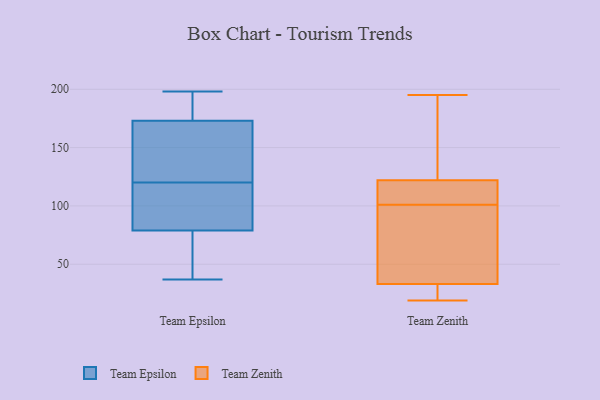
{"axis": {"x": "Tickets Resolved", "y": "Value"}, "legend": ["Team Epsilon", "Team Zenith"], "data": [{"x": "", "y": 127, "type": "Team Epsilon"}, {"x": "", "y": 158, "type": "Team Epsilon"}, {"x": "", "y": 113, "type": "Team Epsilon"}, {"x": "", "y": 198, "type": "Team Epsilon"}, {"x": "", "y": 37, "type": "Team Epsilon"}, {"x": "", "y": 38, "type": "Team Epsilon"}, {"x": "", "y": 96, "type": "Team Epsilon"}, {"x": "", "y": 79, "type": "Team Epsilon"}, {"x": "", "y": 173, "type": "Team Epsilon"}, {"x": "", "y": 189, "type": "Team Epsilon"}, {"x": "", "y": 103, "type": "Team Zenith"}, {"x": "", "y": 175, "type": "Team Zenith"}, {"x": "", "y": 108, "type": "Team Zenith"}, {"x": "", "y": 99, "type": "Team Zenith"}, {"x": "", "y": 45, "type": "Team Zenith"}, {"x": "", "y": 19, "type": "Team Zenith"}, {"x": "", "y": 195, "type": "Team Zenith"}, {"x": "", "y": 33, "type": "Team Zenith"}, {"x": "", "y": 31, "type": "Team Zenith"}, {"x": "", "y": 122, "type": "Team Zenith"}]}